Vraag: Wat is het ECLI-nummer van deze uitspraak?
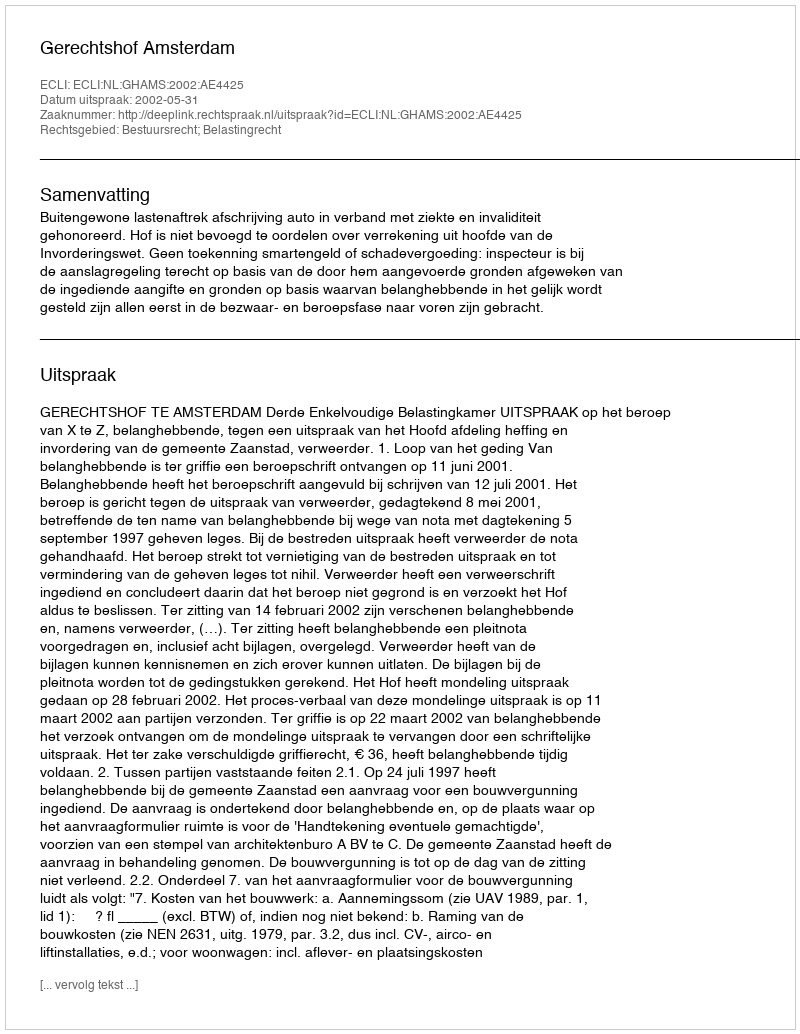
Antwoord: ECLI:NL:GHAMS:2002:AE4425